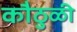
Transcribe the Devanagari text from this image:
कौठुळी